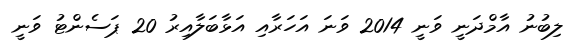
ލިބުނު އާމްދަނީ ވަނީ 2014 ވަނަ އަހަރާއި އަޅާބަލާއިރު 20 ޕަސެންޓު ވަނީ